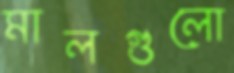
মালগুলো